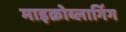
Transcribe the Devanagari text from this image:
माइक्रोब्लागिंग